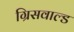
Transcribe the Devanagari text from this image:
ग्रिसवाल्ड